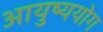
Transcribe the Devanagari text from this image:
आयुष्ययोग